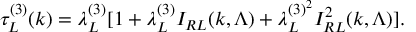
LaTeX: \tau _ { L } ^ { ( 3 ) } ( k ) = \lambda _ { L } ^ { ( 3 ) } [ 1 + \lambda _ { L } ^ { ( 3 ) } I _ { R L } ( k , \Lambda ) + \lambda _ { L } ^ { ( 3 ) ^ { 2 } } I _ { R L } ^ { 2 } ( k , \Lambda ) ] .